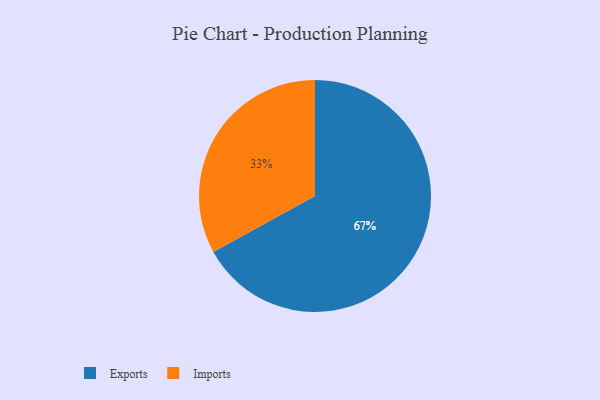
{"axis": {"x": "Category", "y": "Percentage"}, "legend": ["Exports", "Imports"], "data": [{"x": "Exports", "y": 67, "type": "Exports"}, {"x": "Imports", "y": 33, "type": "Imports"}]}